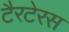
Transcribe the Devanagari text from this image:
टैरटेरस